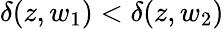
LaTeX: {\delta(z,w_{1})<\delta(z,w_{2})}